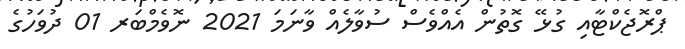
ޕްރޮޖެކްޓާއި ގުޅޭ ގޮތުން އެއްވެސް ސުވާލެއް ވާނަމަ 2021 ނޮވެމްބަރ 01 ދުވަހުގެ